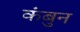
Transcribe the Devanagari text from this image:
कंबुन